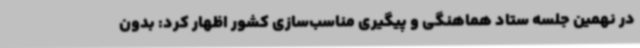
در نهمین جلسه ستاد هماهنگی و پیگیری مناسب‌سازی کشور اظهار کرد: بدون